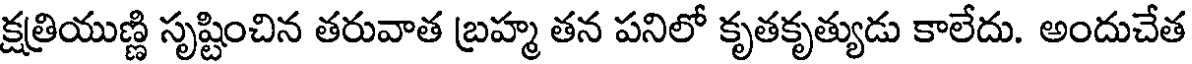
క్షత్రియుణ్ణి సృష్టించిన తరువాత బ్రహ్మ తన పనిలో కృతకృత్యుడు కాలేదు. అందుచేత